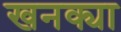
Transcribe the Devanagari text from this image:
खनक्या